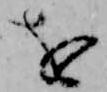
を